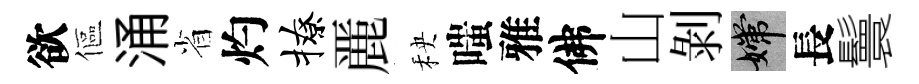
欲傴涌省灼撩䴡秧嗤雅佛山剝嫦長鬟